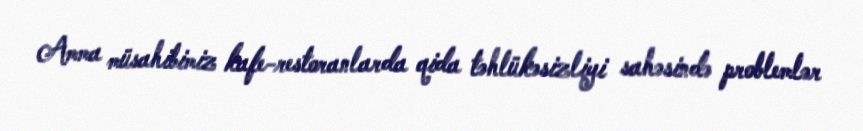
Amma müsahibimiz kafe-restoranlarda qida təhlükəsizliyi sahəsində problemlər